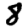
Digit: 8